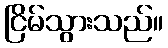
ငြိမ်သွားသည်။